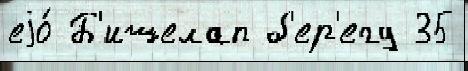
еjо́ Б'ишелап б'ер'егу 35